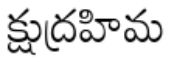
క్షుద్రహిమ